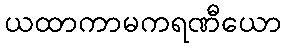
ယထာကာမကရဏီယော